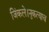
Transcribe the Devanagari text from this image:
जिंकले।नुकत्याच